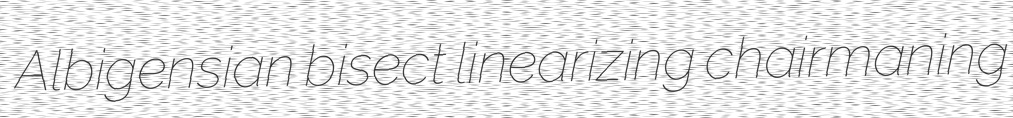
Albigensian bisect linearizing chairmaning